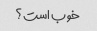
خوب است؟